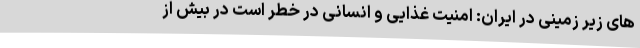
های زیر زمینی در ایران: امنیت غذایی و انسانی در خطر است در بیش از